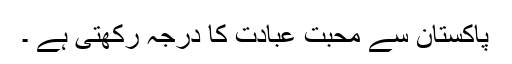
پاکستان سے محبت عبادت کا درجہ رکھتی ہے ۔